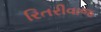
રિતરીવાજ